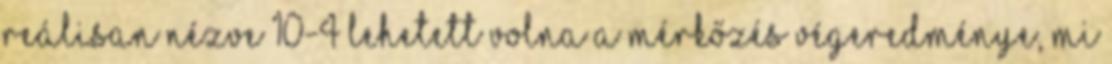
reálisan nézve 10-4 lehetett volna a mérkőzés végeredménye, mi